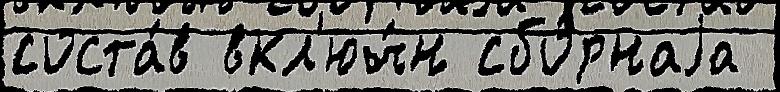
соста́в вкл'юч́н сбо́рнаjа